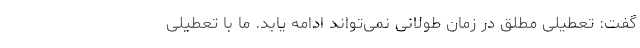
گفت: تعطیلی مطلق در زمان طولانی نمی‌تواند ادامه یابد. ما با تعطیلی